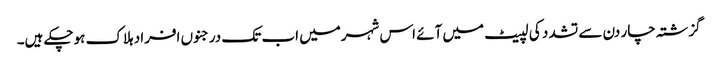
گزشتہ چار دن سے تشدد کی لپیٹ میں آئے اس شہرمیں اب تک درجنوں افراد ہلاک ہوچکے ہیں۔